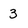
Character: 3